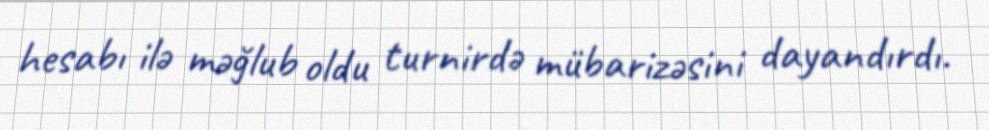
hesabı ilə məğlub oldu turnirdə mübarizəsini dayandırdı.